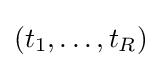
(t_{1},\ldots ,t_{R})